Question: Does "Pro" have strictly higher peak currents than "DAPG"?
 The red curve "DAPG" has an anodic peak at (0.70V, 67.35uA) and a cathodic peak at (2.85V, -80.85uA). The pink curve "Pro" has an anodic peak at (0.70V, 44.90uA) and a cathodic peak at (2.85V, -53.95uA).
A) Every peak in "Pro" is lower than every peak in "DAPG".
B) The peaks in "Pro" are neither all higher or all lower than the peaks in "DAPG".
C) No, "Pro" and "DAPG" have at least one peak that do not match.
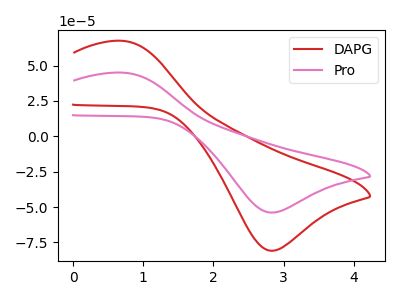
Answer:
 <answer>A) Every peak in "Pro" is lower than every peak in "DAPG".</answer>
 <eval>A</eval>